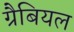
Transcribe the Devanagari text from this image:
ग्रैबियल